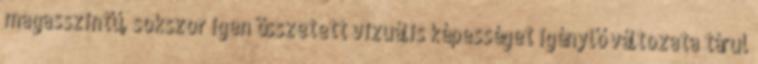
magasszintű, sokszor igen összetett vizuális képességet igénylő változata tárul